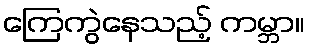
ကြေကွဲနေသည့် ကမ္ဘာ။